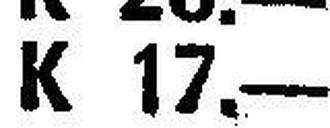
K 17.—